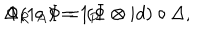
\Delta _ { R } \circ \Phi = ( \Phi \otimes i d ) \circ \Delta , \hspace { 1 c m } \Phi ( 1 _ { A } ) = 1 _ { P }